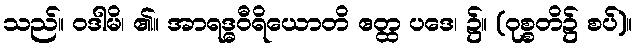
သည်။ ဝဒါမိ၊ ၏။ အာရဒ္ဓဝီရိယောတိ ဧတ္ထ ပဒေ၊ ၌။ (ဝုစ္စတိ၌ စပ်)။